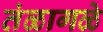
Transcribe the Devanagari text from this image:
तंळागळे